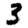
Digit: 3